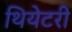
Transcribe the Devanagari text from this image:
थियेटरी